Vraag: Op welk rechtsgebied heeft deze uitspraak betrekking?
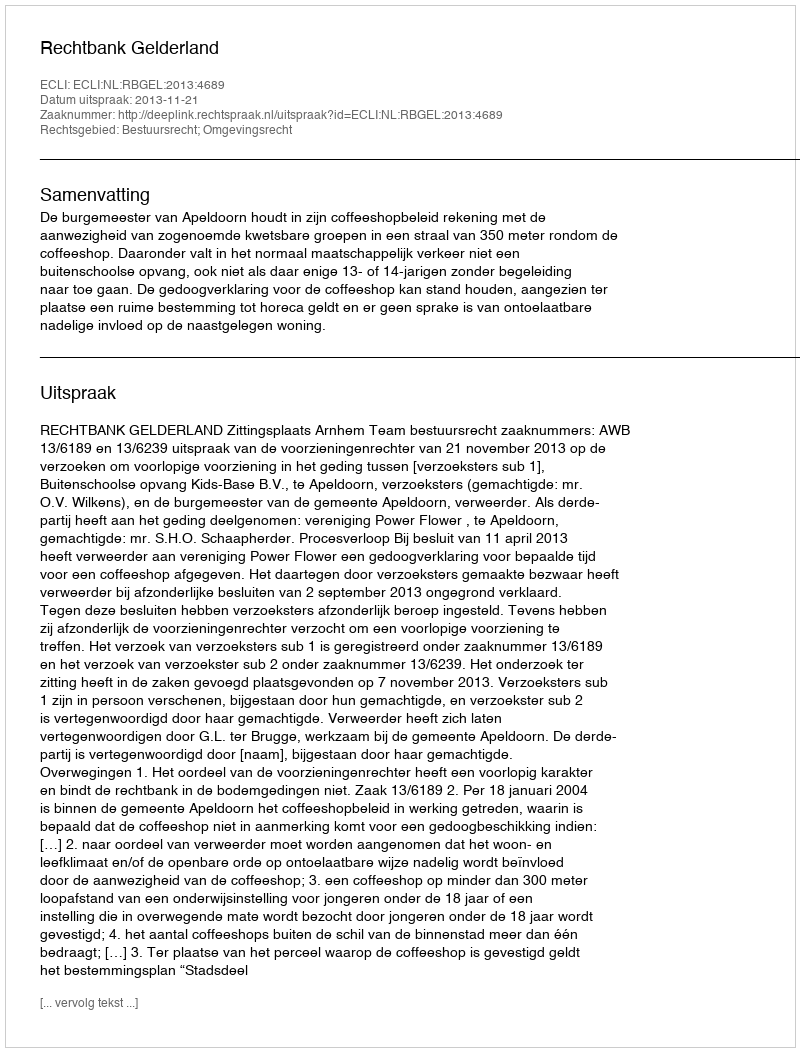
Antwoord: Bestuursrecht; Omgevingsrecht